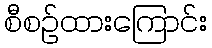
စီစဉ်ထားကြောင်း